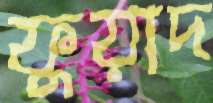
ফুয়াদ